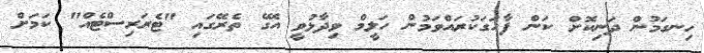
ހިނގަމުން ދަނިކޮށް ކަން ފާހަގަކުރައްވަމުން ހަލީމް ވިދާޅުވީ އޭގެ ތެރޭގައި "ޓެރަރިސްޓެއް" ކަމަށް